Scottish Certificate of Education, 1962
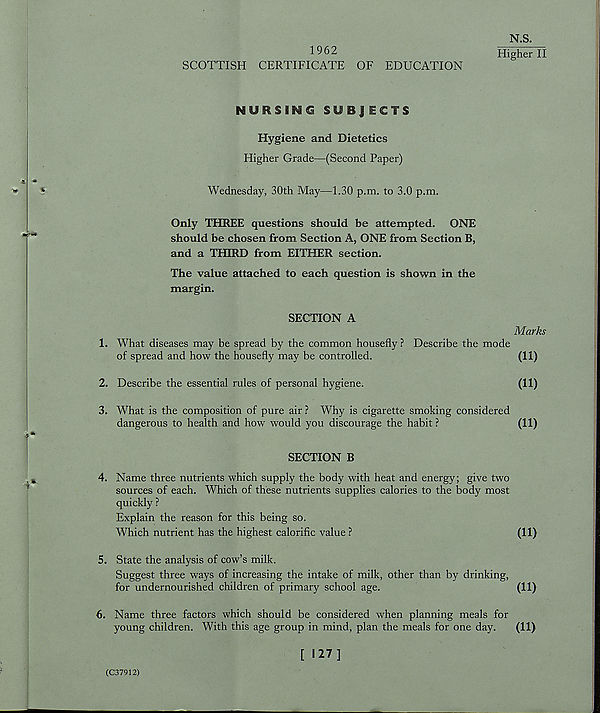
1962
SCOTTISH CERTIFICATE OF EDUCATION
N.S.
Higher II
NURSING SUBJ ECTS
Hygiene and Dietetics
Higher Grade—(Second Paper)
Wednesday, 30th May—1.30 p.m. to 3.0 p.m.
Only THREE questions should be attempted. ONE
should be chosen from Section A, ONE from Section B,
and a THIRD from EITHER section.
The value attached to each question is shown in the
margin.
SECTION A
1. What diseases may be spread by the common housefly ? Describe the mode
of spread and how the housefly may be controlled.
2. Describe the essential rules of personal hygiene.
3. What is the composition of pure air ? Why is cigarette smoking considered
dangerous to health and how would you discourage the habit ?
SECTION B
4. Name three nutrients which supply the body with heat and energy; give two
sources of each. Which of these nutrients supplies calories to the body most
quickly ?
Explain the reason for this being so.
Which nutrient has the highest calorific value ?
5. State the analysis of cow’s milk.
Suggest three ways of increasing the intake of milk, other than by drinking,
for undernourished children of primary school age.
6. Name three factors which should be considered when planning meals for
young children. With this age group in mind, plan the meals for one day.
[ 127]
(C37912)
Marks
(11)
(11)
(11)
(11)
(11)
(11)